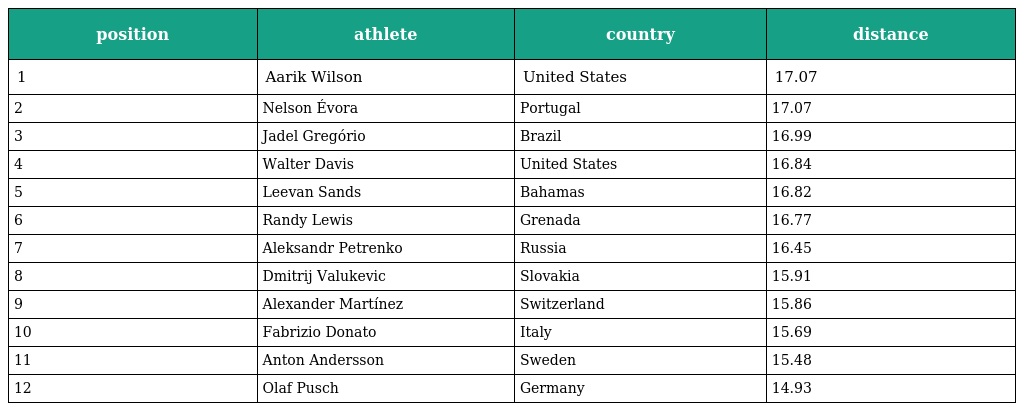
| position | athlete | country | distance |
 | --- | --- | --- | --- |
 | 1 | Aarik Wilson | United States | 17.07 |
 | 2 | Nelson Évora | Portugal | 17.07 |
 | 3 | Jadel Gregório | Brazil | 16.99 |
 | 4 | Walter Davis | United States | 16.84 |
 | 5 | Leevan Sands | Bahamas | 16.82 |
 | 6 | Randy Lewis | Grenada | 16.77 |
 | 7 | Aleksandr Petrenko | Russia | 16.45 |
 | 8 | Dmitrij Valukevic | Slovakia | 15.91 |
 | 9 | Alexander Martínez | Switzerland | 15.86 |
 | 10 | Fabrizio Donato | Italy | 15.69 |
 | 11 | Anton Andersson | Sweden | 15.48 |
 | 12 | Olaf Pusch | Germany | 14.93 |